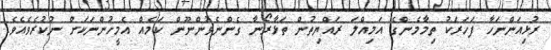
ރުޅިއަންނަހާ ފަހަރަކު ތިމާމެންގެ އަމިއްލަ ރައްޔިތުން ތަޅާރޯނާ ގެންނެވުންނޫން ކަމެއް އެމީހުންނަކަށް ނުކުރެވެއެވެ.